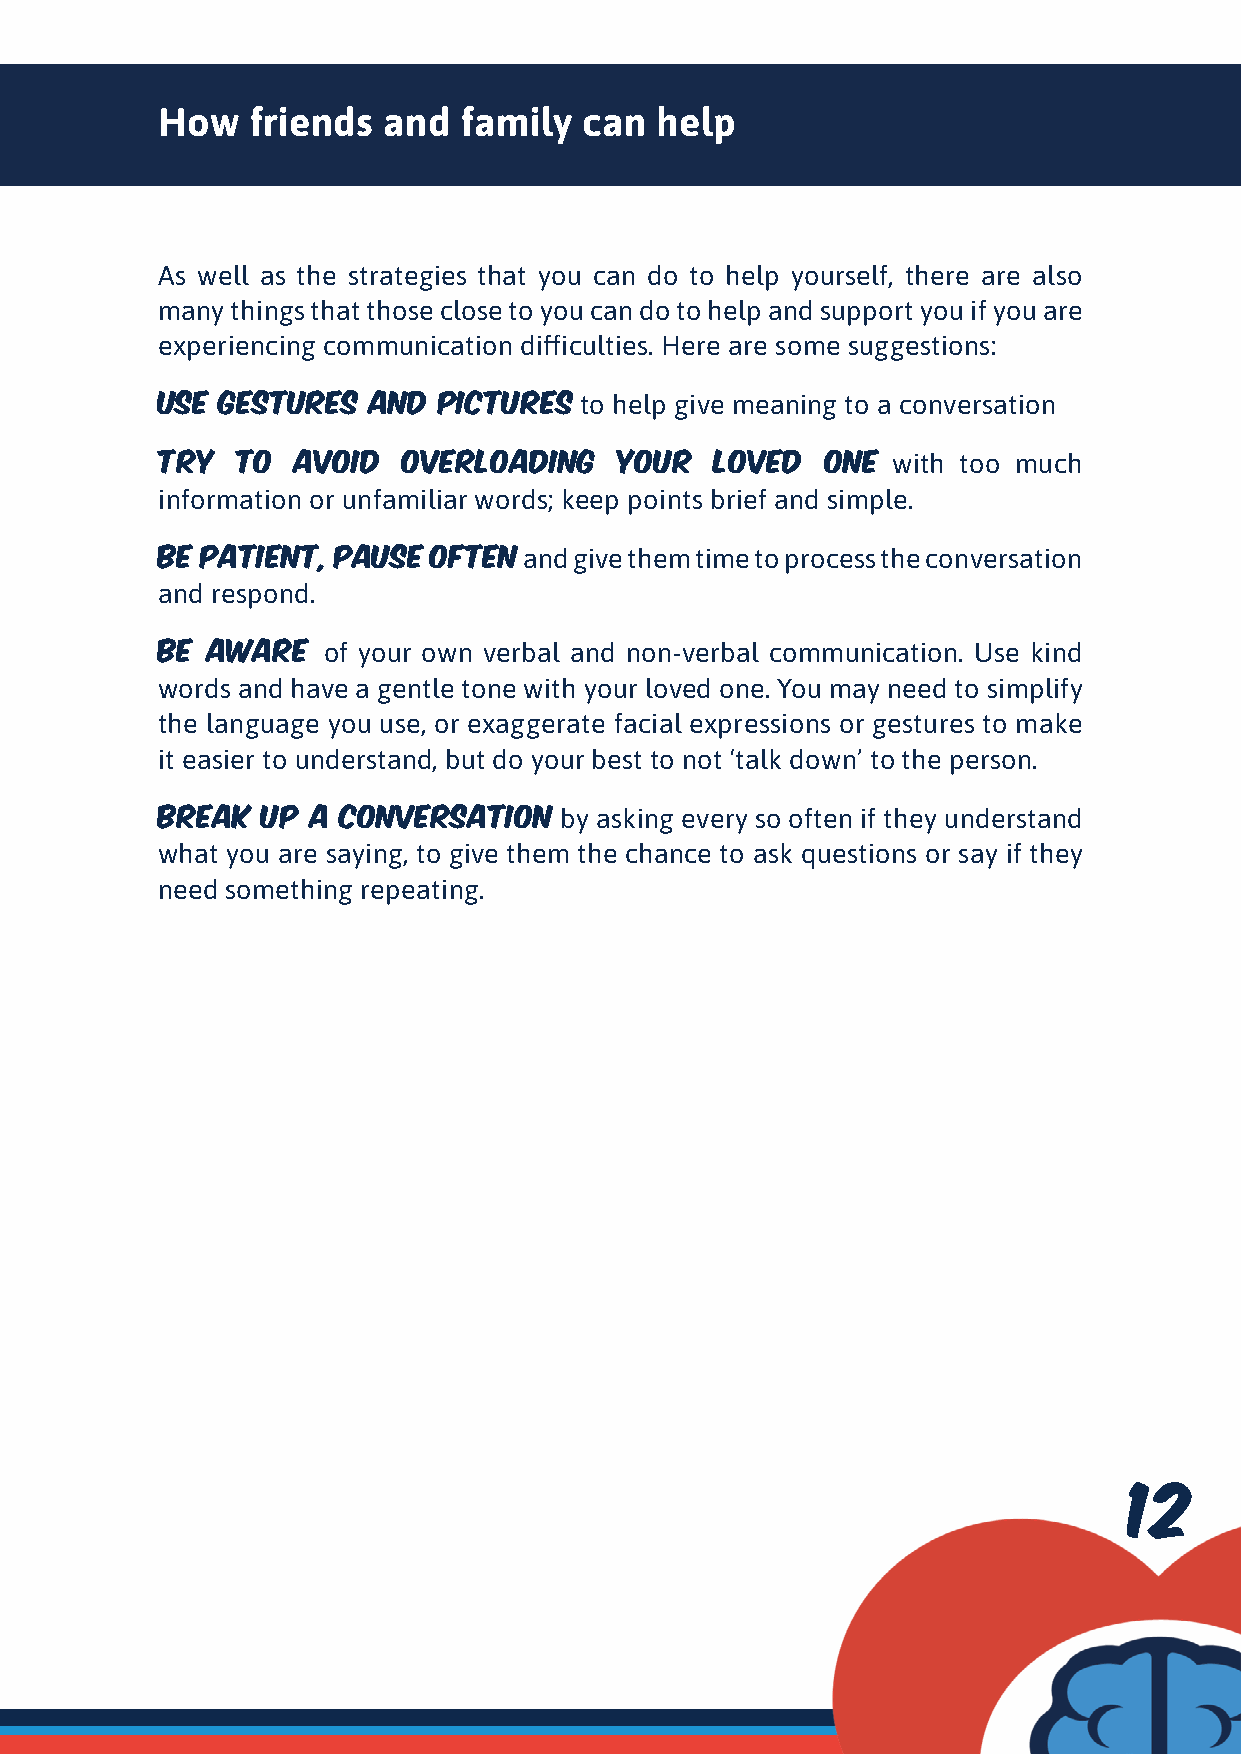
How    friends and  family   can help
 As well as the strategies that you can do to help yourself, there are also
 many things that those close to you can do to help and support you if you are
 experiencing communication difficulties. Here are some suggestions:
 Use  gestures and  pictures to help give meaning to a conversation
 Try   to avoid   overloading   your  loved   one with too much
 information or unfamiliar words; keep points brief and simple.
 Be patient, pause often  and give them time to process the conversation
 and respond.
 Be  aware  of your own verbal and non-verbal communication. Use kind
 words and have a gentle tone with your loved one. You may need to simplify
 the language you use, or exaggerate facial expressions or gestures to make
 it easier to understand, but do your best to not ‘talk down’ to the person.
 Break  up  a conversation  by asking every so often if they understand
 what you are saying, to give them the chance to ask questions or say if they
 need something repeating.
 1122      1133